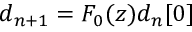
d _ { n + 1 } = F _ { 0 } ( z ) d _ { n } [ 0 ]